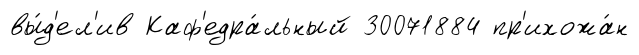
вы́д'ел'ив Каф'едра́льный 30071884 пр'ихожа́н